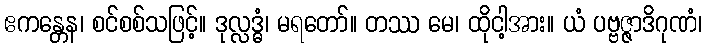
ဧကန္တေန၊ စင်စစ်သဖြင့်။ ဒုလ္လဒ္ဓံ၊ မရတော်။ တဿ မေ၊ ထိုငါ့အား။ ယံ ပဗ္ဗဇ္ဇာဒိဂုဏံ၊